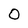
Character: 0